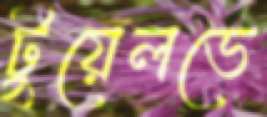
টুয়েলভে